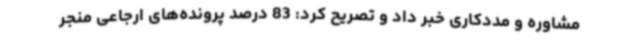
مشاوره و مددکاری خبر داد و تصریح کرد: 83 درصد پرونده‌های ارجاعی منجر